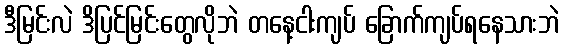
ဒီမြင်းလဲ ဒိပြင်မြင်းတွေလိုဘဲ တနေ့ငါးကျပ် ခြောက်ကျပ်ရနေသားဘဲ